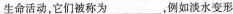
生命活动，它们被称为___，例如淡水变形